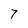
Character: 7